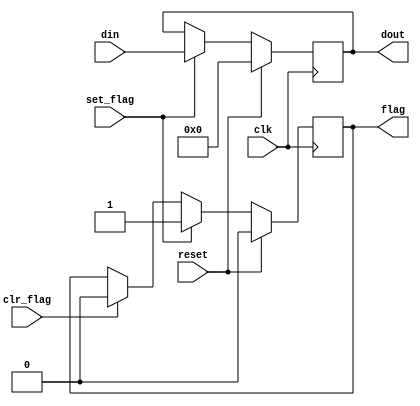
`timescale 1us / 1ns
//////////////////////////////////////////////////////////////////////////////////
// Company: 
// Engineer: 
// 
// Design Name: 
// Module Name:    FlagBuf 
// Project Name: 
// Target Devices: 
// Tool versions: 
// Description: 
//
// Dependencies: 
//
// Revision: 
// Revision 0.01 - File Created
// Additional Comments: 
//
//////////////////////////////////////////////////////////////////////////////////
module Uart_FlagBuf
#(parameter W = 8) // # bits del buffer 
					  (input wire clk, reset, 
						input wire clr_flag , set_flag , 
						input wire [W-1:0] din,
						output wire flag, 
						output wire [W-1:0] dout); 

// Seales internas
reg [W-1:0] buf_reg, buf_next ; 
reg flag_reg, flag_next; 

// FF & register 
always @(posedge clk) 
	if (reset) 
		begin 
			buf_reg <= 0; //buffer 
			flag_reg <= 1'b0; //full flag
		end 
	else 
		begin
			buf_reg <= buf_next;
			flag_reg <= flag_next;
		end 

// Logica de estados

always @* 
begin 
	buf_next = buf_reg; 
	flag_next = flag_reg; 
	if (set_flag)
		begin //levanto la bandera y cargo el dato ya recibido o para transmitir
			buf_next = din; 
			flag_next = 1'b1 ; 
		end 
	else 
		if (clr_flag) 
			flag_next = 1'b0; //bajo la bandera 
end 

//Logica de salida
assign dout = buf_reg; 
assign flag = flag_reg; 

endmodule